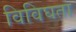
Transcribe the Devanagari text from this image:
विविघता